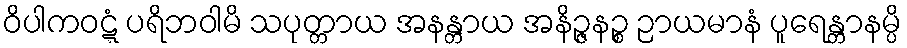
ဝိပါကဝဋ္ဋံ ပရိဘဝါမိ သပုတ္တာယ အနန္တာယ အနိဉ္ဇနဉ္စ ဉာယမာနံ ပူရေန္တာနမ္ပိ